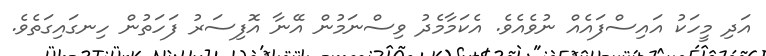
އަދި މީހަކު އައިސްފައެއް ނުވެއެވެ. އެކަމާމެދު ވިސްނަމުން އޭނާ އޮފިސަރު ފަހަތުން ހިނގައިގަތެވެ.